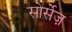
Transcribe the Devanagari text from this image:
सोर्सेज़